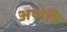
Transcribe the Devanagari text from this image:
अप्पेन्नि